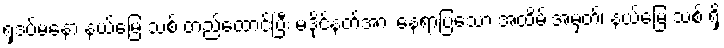
ရှဒပ်မနော နယ်မြေ သစ် တည်ထောင်ပြီး မဒိုင်နတ်အား နေရာပြသော အထိမ်းအမှတ်၊ နယ်မြေ သစ် ရှိ